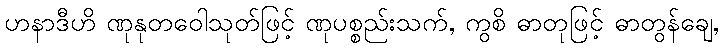
ဟနာဒီဟိ ဏုနုတဝေါသုတ်ဖြင့် ဏုပစ္စည်းသက်, ကွစိ ဓာတုဖြင့် ဓာတွန်ချေ,